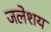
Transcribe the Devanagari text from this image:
जलेशय